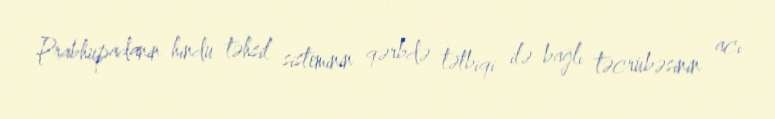
Prabhupadanın hindu təhsil sisteminin qərbdə tətbiqi ilə bağlı təcrübəsinin acı